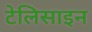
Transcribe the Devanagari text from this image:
टेलिसाइन